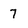
Character: 7